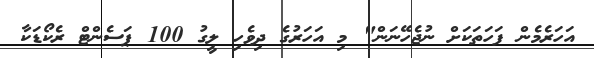
އަހަރެމެން ފަހަތަކަށް ނުޖެހޭނަން" މި އަހަރުގެ ދިވެހި ލީގު 100 ޕަސެންޓް ރެކޯޑަކާ